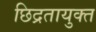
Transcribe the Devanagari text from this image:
छिद्रतायुक्त